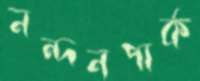
নন্দনপার্ক